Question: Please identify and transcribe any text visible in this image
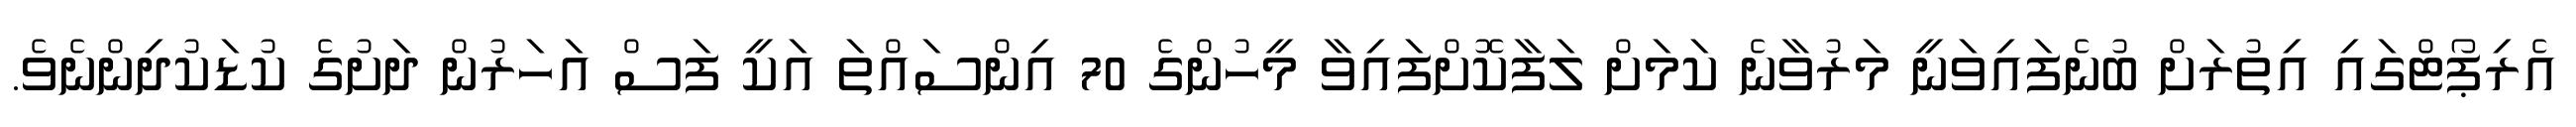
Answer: އެރިޕޯޓްގައި އިތުރަށް ބުނެފައިވަނީ މަރުވާނެ ކަމަށް ލަފާކޮށްފައިވާ މީހުންގެ 70 އިންސައްތަ އަކީ ފަސް އަހަރުން ދަށުގެ ކުޑަކުދިންނެވެ.